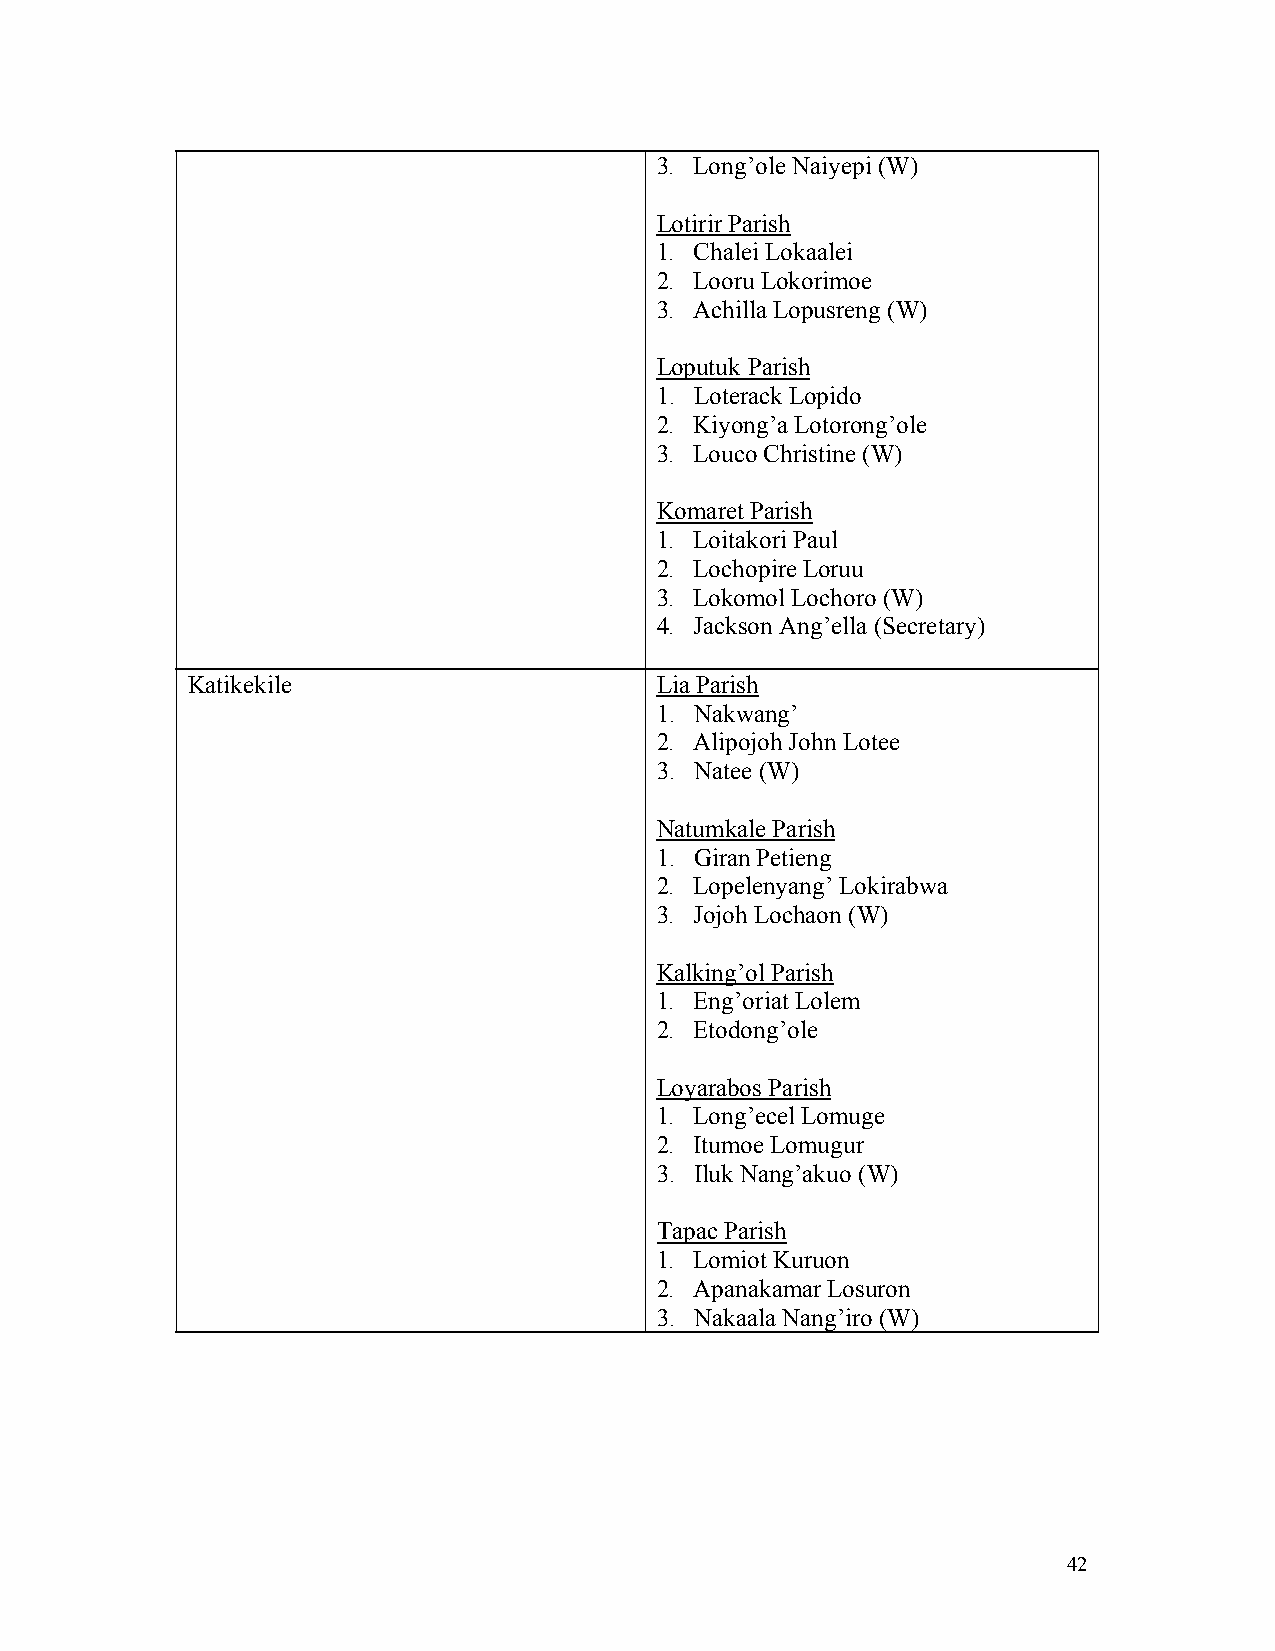
3. Long’ole Naiyepi (W)
 Lotirir Parish
 1. Chalei Lokaalei
 2. Looru Lokorimoe
 3. Achilla Lopusreng (W)
 Loputuk Parish
 1. Loterack Lopido
 2. Kiyong’a Lotorong’ole
 3. Louco Christine (W)
 Komaret Parish
 1. Loitakori Paul
 2. Lochopire Loruu
 3. Lokomol Lochoro (W)
 4. Jackson Ang’ella (Secretary)
 Katikekile                     Lia Parish
 1. Nakwang’
 2. Alipojoh John Lotee
 3. Natee (W)
 Natumkale Parish
 1. Giran Petieng
 2. Lopelenyang’ Lokirabwa
 3. Jojoh Lochaon (W)
 Kalking’ol Parish
 1. Eng’oriat Lolem
 2. Etodong’ole
 Loyarabos Parish
 1. Long’ecel Lomuge
 2. Itumoe Lomugur
 3. Iluk Nang’akuo (W)
 Tapac Parish
 1. Lomiot Kuruon
 2. Apanakamar Losuron
 3. Nakaala Nang’iro (W)
 42